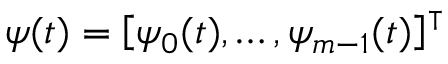
\boldsymbol { \psi } ( t ) = \left[ \psi _ { 0 } ( t ) , \ldots , \psi _ { m - 1 } ( t ) \right] ^ { \intercal }